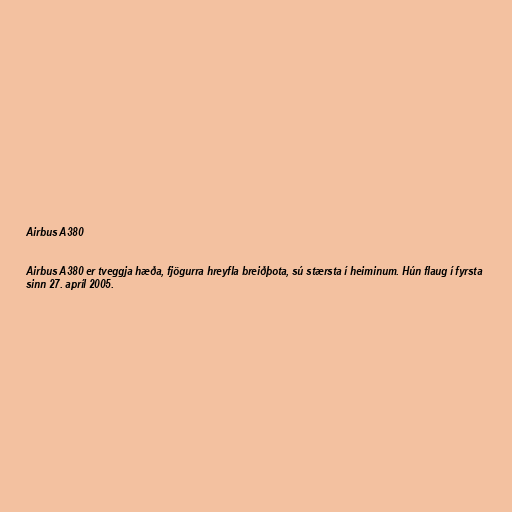
Airbus A380

Airbus A380 er tveggja hæða, fjögurra hreyfla breiðþota, sú stærsta í heiminum. Hún flaug í fyrsta
sinn 27. apríl 2005.